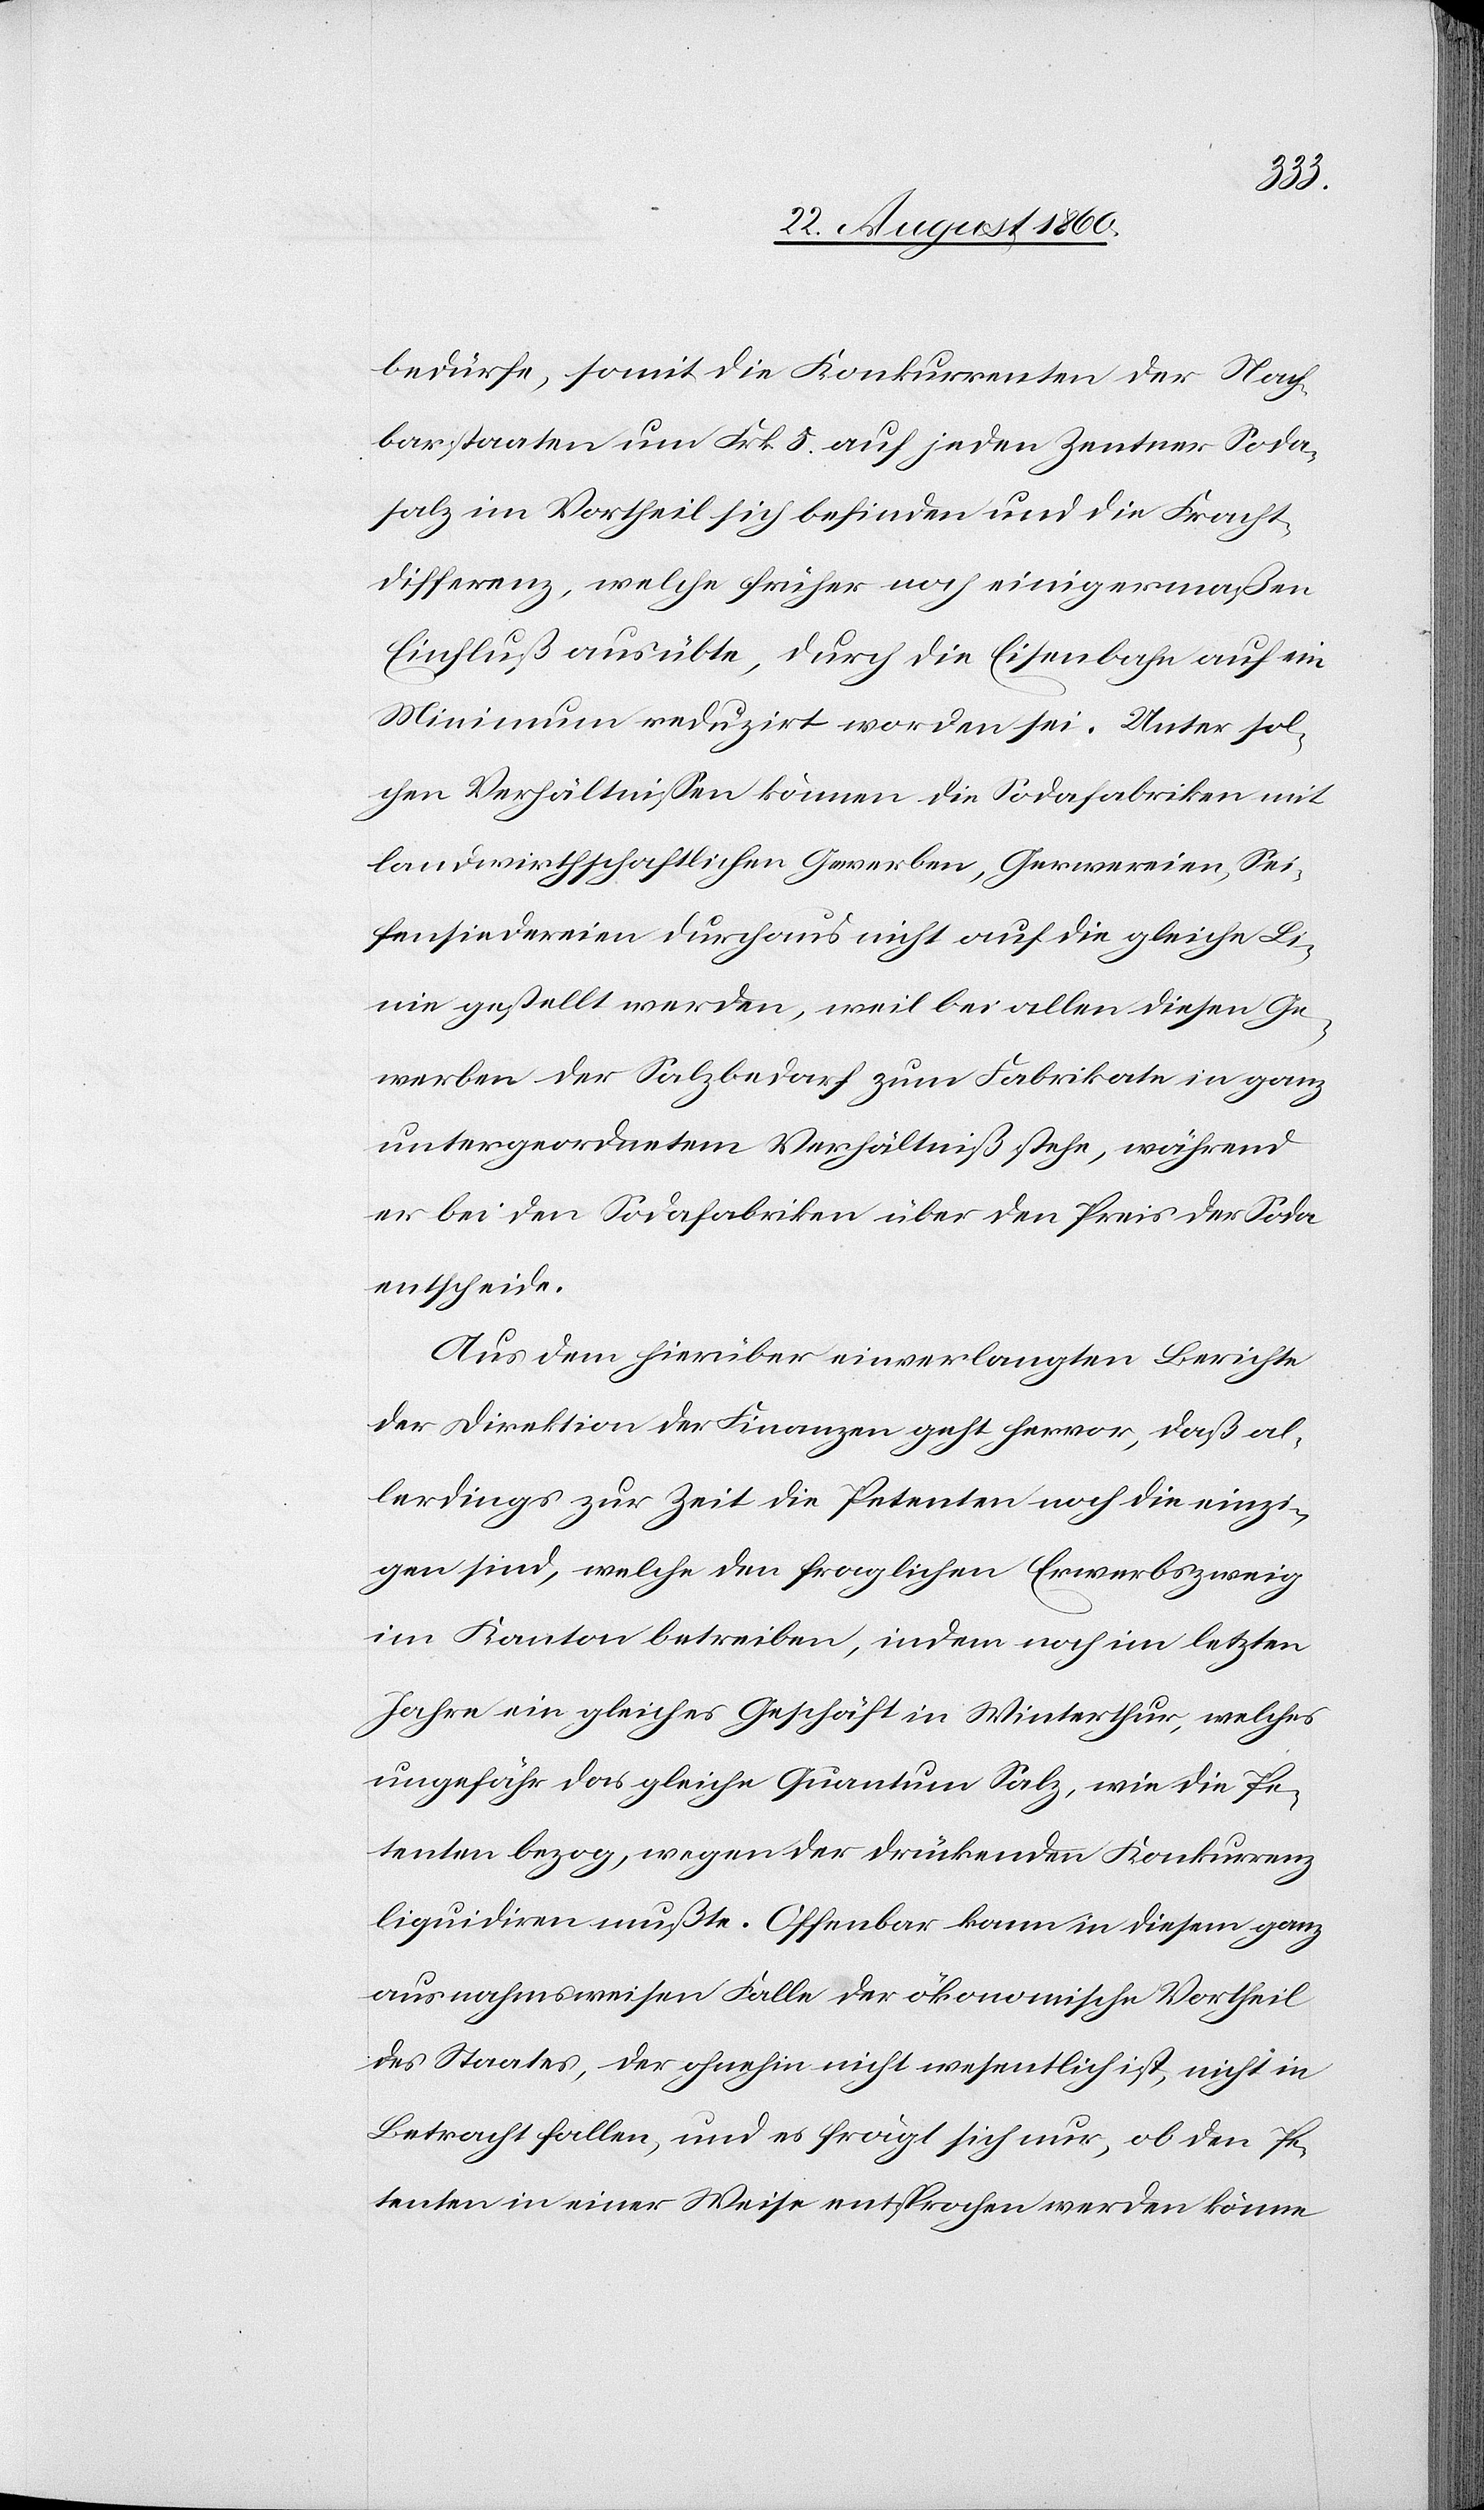
bedürfe, somit die Konkurrenten der Nach¬
barstaaten um fcs. 5 auf jeden Centner Soda¬
salz im Vortheil sich befinden und die Fracht¬
differenz, welche früher noch einigermassen
Einfluss ausübte durch die Eisenbahn auf ein
Minimum reduzirt worden sei. Unter sol¬
chen Verhältnissen können die Sodafabriken mit
landwirthschaftlichen Gewerben, Gerwereien, Sei¬
fensiedereien durchaus nicht auf die gleiche Li¬
nie gestellt werden, weil bei allen diesen Ge¬
werben der Salzbedarf zum Fabrikate in ganz
untergeordnetem Verhältniss stehe, während
er bei den Sodafabriken über den Preis der Soda
entscheide.
Aus dem hierüber einverlangten Berichte
der Direktion der Finanzen geht hervor, dass al¬
lerdings zur Zeit die Petenten noch die einzi¬
gen sind, welche den fraglichen Erwerbzweig
im Kanton betreiben, indem noch im letzten
Jahre ein gleiches Geschäft in Winterthur, welches
ungefähr das gleiche Quantum Salz, wie die Pe¬
tenten bezog, wegen der Druckenden Konkurrenz
liquidiren musste. Offenbar kann in diesem ganz
ausnahmsweisen Falle der oekonomische Vortheil
des Staates, der ohnehin nicht wesentlich ist, nicht in
Betracht fallen, und es frägt sich nur, ob den Pe¬
tenten in einer Weise entsprochen werden könne